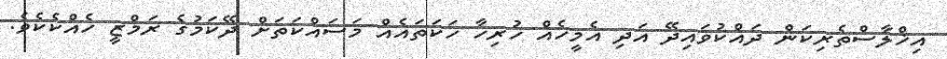
އިޚްލާސްތެރިކަން ދައްކުވައިދޭ އަދި އެމީހެއް ހުރިހާ ހަކަތައެއް މަސައްކަތަށް ދޭކަމުގެ ރަމްޒީ ހެއްކެކެވެ.